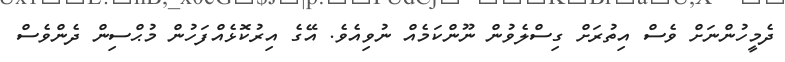
ދެމީހުންނަށް ވެސް އިތުރަށް ގިސްލެވުން ނޫންކަމެއް ނުވިއެވެ. އޭގެ އިރުކޮޅެއްފަހުން މުޙްސިން ދެންވެސް